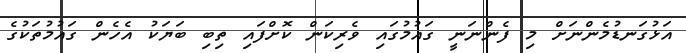
އަޅުގަނޑުމެންނަށް މި ފެންނަނީ ގައުމުގައި ވެރިކަން ކޮށްފައި ތިބި ބަޔަކު އެހެން ގައުމުތަކުގެ